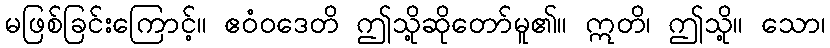
မဖြစ်ခြင်းကြောင့်။ ဧဝံဝဒေတိ ဤသို့ဆိုတော်မူ၏။ ဣတိ၊ ဤသို့။ သော၊